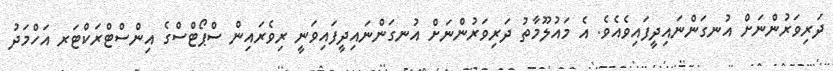
ދަރިވަރުންނަށް އުނގަންނައިދީފައިވެއެވެ. އެ މައުލޫމާތު ދަރިވަރުންނަށް އުނގަންނައިދީފައިވަނީ ރިވެރައިން ސްޕޯޓްސްގެ އިންސްޓްރަކްޓަރ އަހްމަދު